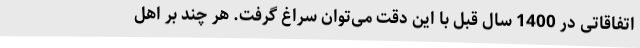
اتفاقاتی در 1400 سال قبل با این دقت می‌توان سراغ گرفت. هر چند بر اهل